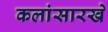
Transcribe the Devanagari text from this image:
कलांसारखे